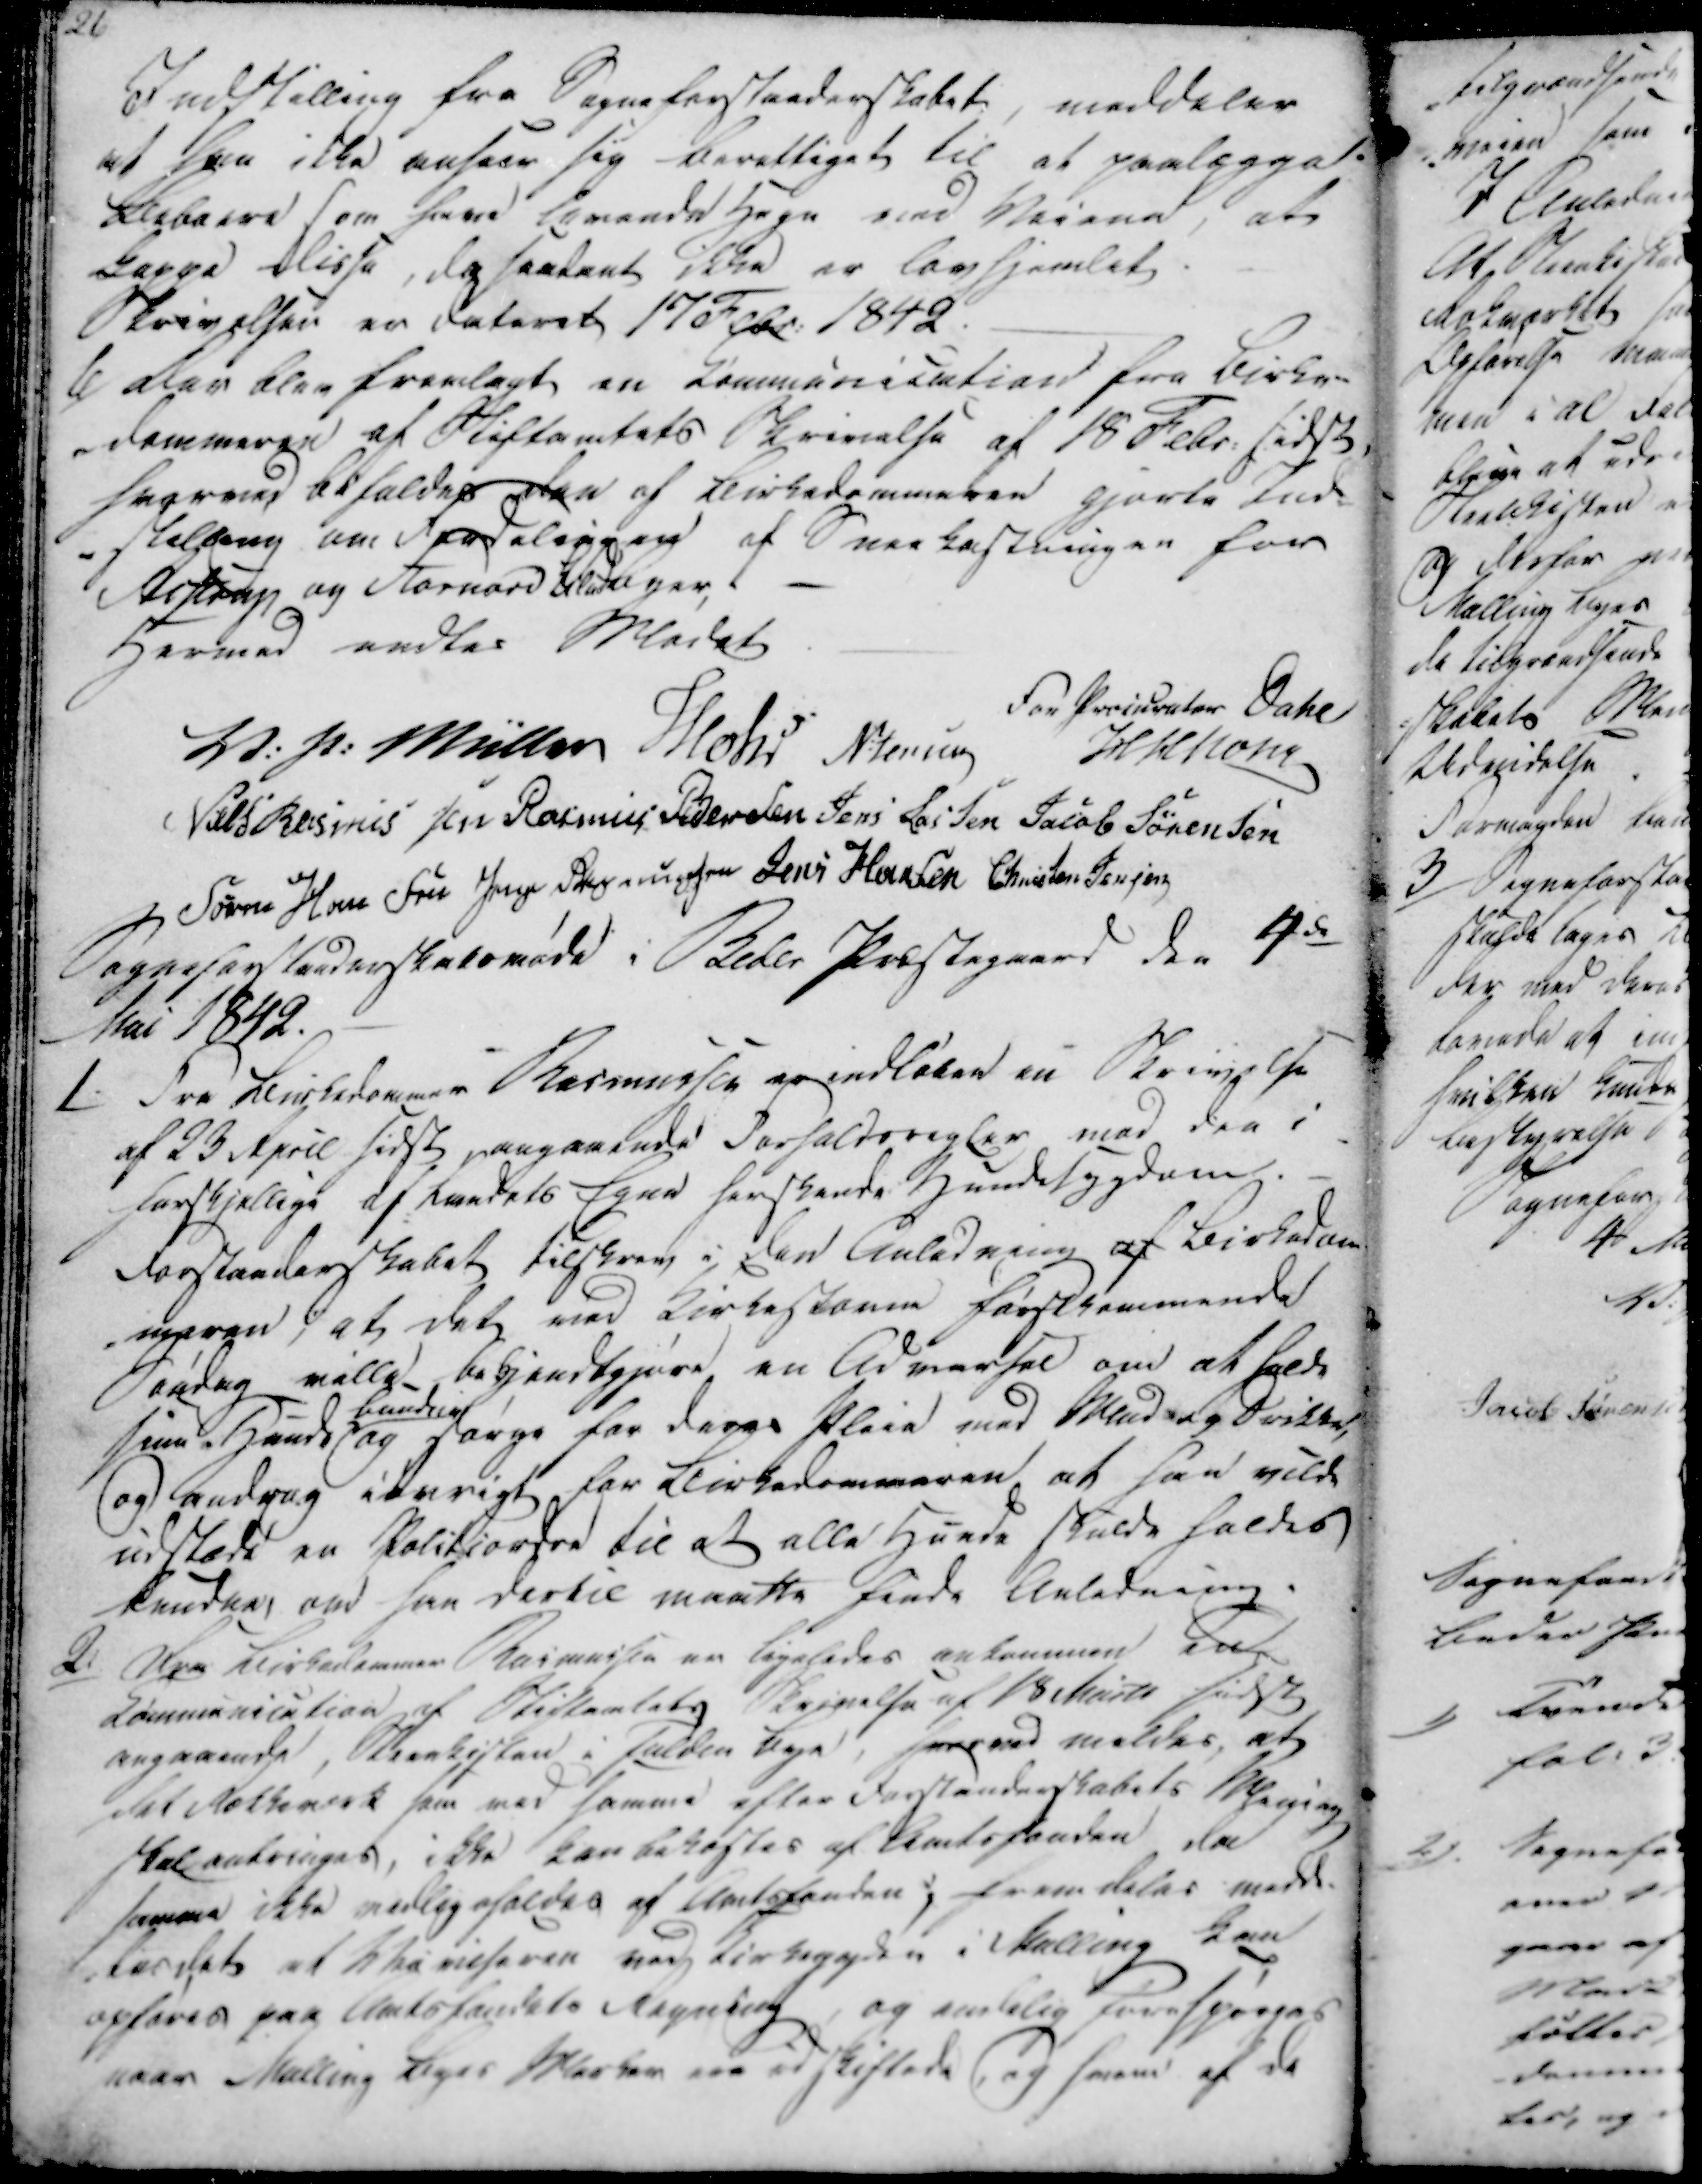
Transskription:
Indstilling fra Sogneforstanderskabet meddeler
at han ikke anseer sig berettiget til at paalægge
Beboere som have levende Hegn ved Veiene, at 
Kappe disse, da saadant ikke er lovhjemlet.
Skrivelsen er dateret 17 Febr: 1842.
6)
Der blev fremlagt en Kommunication fra Birke-
-dommeren af Stiftamtets Skrivelse af 18 Febr: sidst,
hvorend befaldes den af Birkedommeren gjorte Ind-
-stilling om Fordeliggen af Sneekastningen for
Aistrup og Stornord tiltager.
Hermed endtes Mødet.

For Procurator Dahl

V: P: Müller
Mohr
N:Jensen
H H Honr
Niels Rasmussen
Rasmus Pedersen
Jens Lassen
Jacob Sørensen
Søren Hansen
Jens Rasmussen
Jens Hansen
Christen Jensen

Sogneforstanderskabsmøde i Beder Præstegaard den 4de
Mai 1842.

1.

Fra Kirkedommer Rasmussen er indleden en Skrivelse
af 23 April sidst angaaende Forholdsregler med der i
forskjellige af Raadets Egne herskende Hundesygdom.
Forstanderskabet tilskrev i den Anledning af Kirkedom
meren; at det med Kirkestaner Førstkommende
Søndag ville bekjendtgjøre en Advarsel om at falde
saa Hund bunden og sørge for deres Pleie med Mad og Drikke,
og andrag iøvrigt for Kirkedommeren at han vilde
udstede en Politiordre til at alle Hunde skulde holdes
knudes om han dertil maatte finde Anledning.

2.

Fra Kirkedommer Rasmussen er ligeledes ankommen en
Communication af Stiftamtets Skrivelse af 18 Marts sidst
angaaende, Strankisten i Fulden Bye, hermed meldes, at
det Rækkeværk som med samme efter Forstanderskabets Mening
skal anbringes, ikke kan bekostes af Amtsfonden da
samme ikke vedligeholdes af Amtsfonden ; fremdeles medl.
tesdet at Vurieseren ved Kirkegyden i Malling kan
opføres paa Amtsfondets Regning, og endelig Forespørges
naar Malling Byes Marker ere udskiftede, og hvem af de